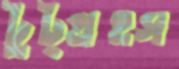
টুট্প্রহস